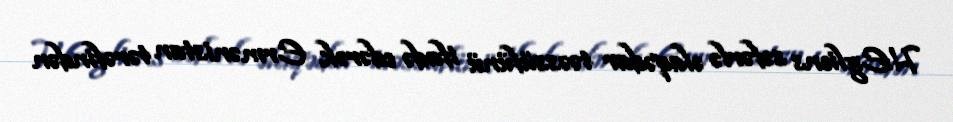
H.Egliens səfərlə əlaqədar təəssüfünü ifadə edərək Ermənistan tərəfindən